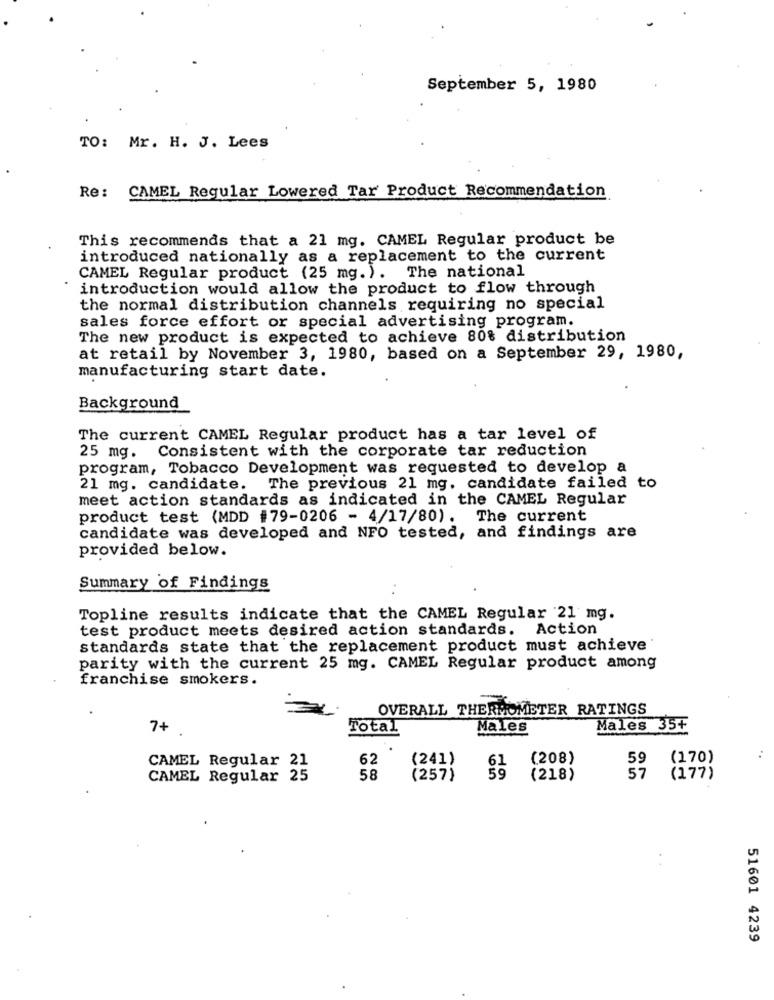
September 5, 1980
TO: Mr. H. J. Lees
Re: CAMEL Regular Lowered Tar Product Recommendation
This recommends that a 21 mg. CAMEL Regular product be
introduced nationally as a replacement to the current
CAMEL Regular product (25 mg.). The national
introduction would allow the product to flow through
the normal distribution channels requiring no special
sales force effort or special advertising program.
The new product is expected to achieve 80% distribution
at retail by November 3, 1980, based on a September 29, 1980,
manufacturing start date.
Background
The current CAMEL Regular product has a tar level of
25 mg. Consistent with the corporate tar reduction
program, Tobacco Development was requested to develop a
21 mg. candidate. The previous 21 mg. candidate failed to
meet action standards as indicated in the CAMEL Regular
product test (MDD #79-0206 - 4/17/80). The current
candidate was developed and NFO tested, and findings are
provided below.
Summary of Findings
Topline results indicate that the CAMEL Regular 21 mg.
test product meets desired action standards. Action
standards state that the replacement product must achieve
parity with the current 25 mg. CAMEL Regular product among
franchise smokers.
OVERALL THERMOMETER RATINGS
7+
Total
Males
Males 35+
62
(241)
(208)
59
(170)
CAMEL Regular 21
57
CAMEL Regular 25
58
(257)
(218)
(177)
51601 4239